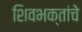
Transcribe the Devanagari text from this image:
शिवभक्तांचे